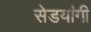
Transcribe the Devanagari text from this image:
सेडयांगी